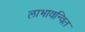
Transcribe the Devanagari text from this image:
लाभावन्वित